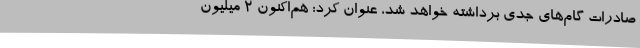
صادرات گام‌های جدی برداشته خواهد شد، عنوان کرد: هم‌اکنون 2 میلیون